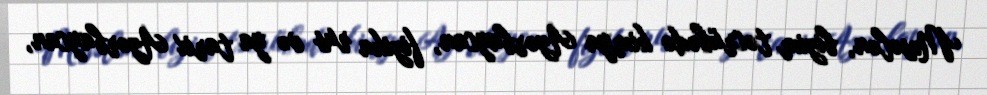
Məsələn, bizim təcrübədə kimya Azərbaycan, fizika rus və ya tarix Azərbaycan,